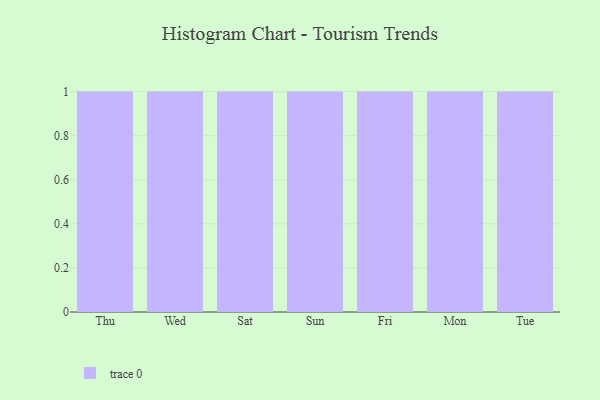
{"axis": {"x": "Day", "y": "Headcount"}, "legend": [""], "data": [{"x": "Thu", "y": 89, "type": ""}, {"x": "Wed", "y": 87, "type": ""}, {"x": "Sat", "y": 36, "type": ""}, {"x": "Sun", "y": 6, "type": ""}, {"x": "Fri", "y": 15, "type": ""}, {"x": "Mon", "y": 63, "type": ""}, {"x": "Tue", "y": 39, "type": ""}]}